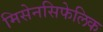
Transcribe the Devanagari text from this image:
मिसेनसिफेलिक